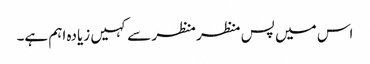
اس میں پس منظر منظر سے کہیں زیادہ اہم ہے۔